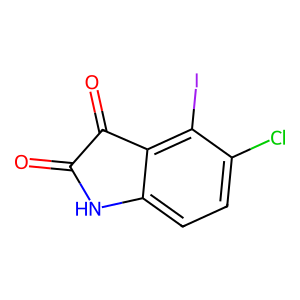
SMILES: O=C1Nc2ccc(Cl)c(I)c2C1=O
Inhibits HIV replication: No